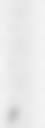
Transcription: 게임,